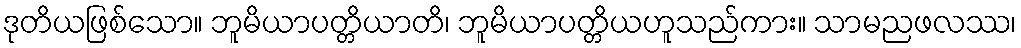
ဒုတိယဖြစ်သော။ ဘူမိယာပတ္တိယာတိ၊ ဘူမိယာပတ္တိယဟူသည်ကား။ သာမညဖလဿ၊